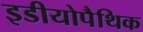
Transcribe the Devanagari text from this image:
इडीयोपैथिक